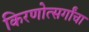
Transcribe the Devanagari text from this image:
किरणोत्सर्गांचा